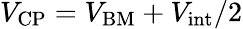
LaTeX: V_{\mathrm{CP}}=V_{\mathrm{BM}}+V_{\mathrm{int}}/2